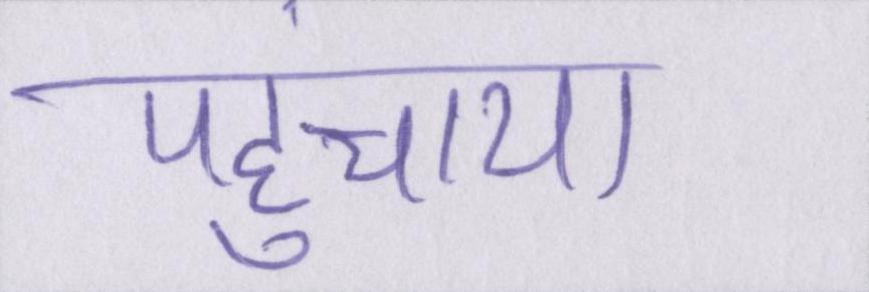
पहुंचाया